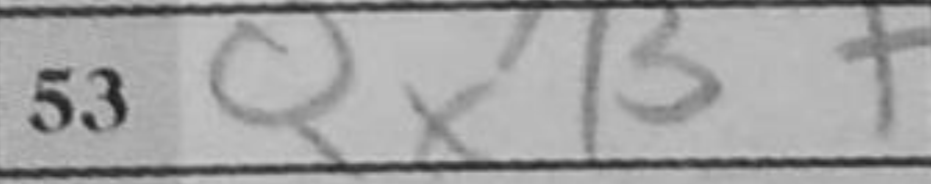
Transcription: QxB+